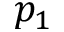
p _ { 1 }